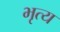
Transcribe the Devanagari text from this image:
भृत्‍य